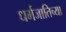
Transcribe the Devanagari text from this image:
धर्मजातिच्या